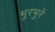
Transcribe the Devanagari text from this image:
भुरभुरे